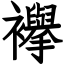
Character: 襷